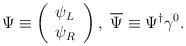
LaTeX: \begin{align*}\Psi \equiv \left( \begin{array}{l}\psi _{L} \\ \psi _{R}\end{array}\right) ,\ \overline{\Psi }\equiv \Psi ^{\dagger }\gamma ^{0}. \end{align*}